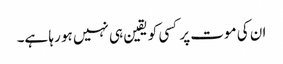
ان کی موت پر کسی کو یقین ہی نہیں ہو رہا ہے۔